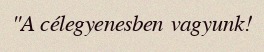
"A célegyenesben vagyunk!